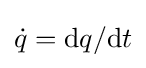
{\dot {q}}=\mathrm {d} q/\mathrm {d} t